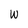
Character: W